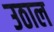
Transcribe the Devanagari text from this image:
उठाल